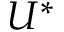
U ^ { * }